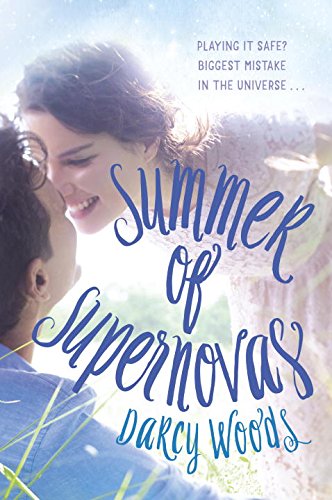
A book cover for Summer of Supernovas; Darcy Woods; Teen & Young Adult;